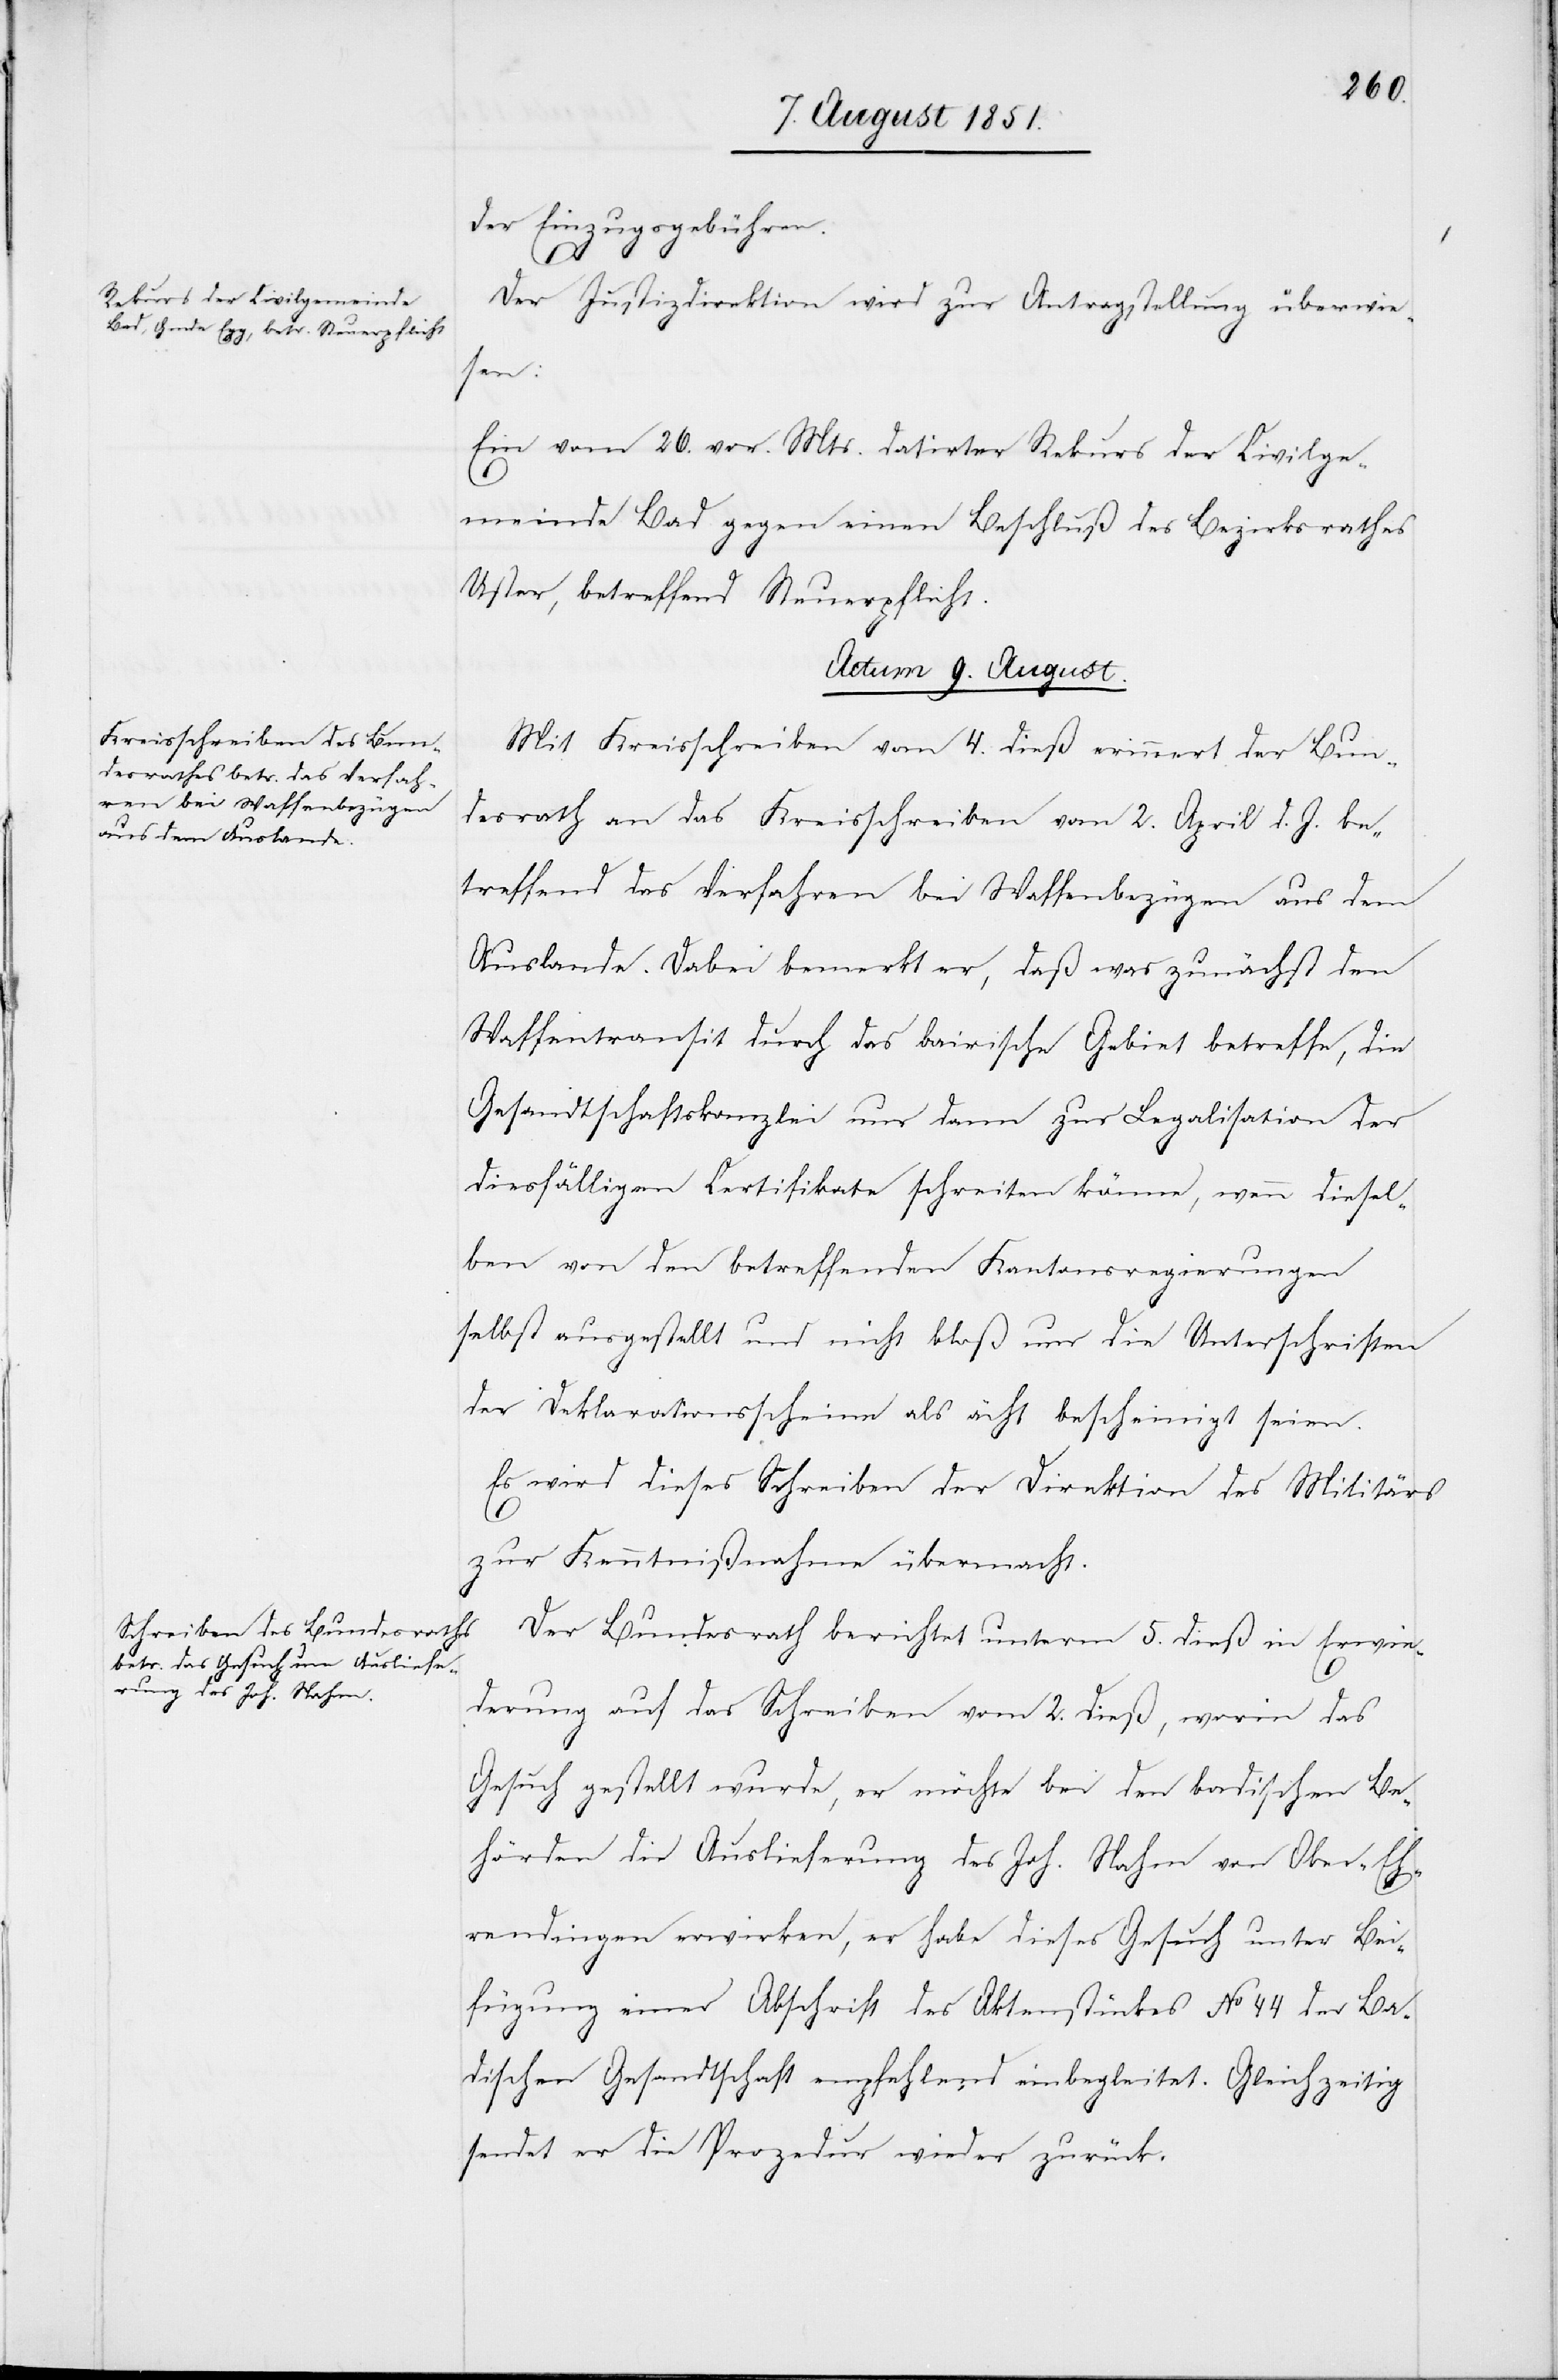
der Einzugsgebühren.
Der Justizdirektion wird zur Antragstellung überwie¬
sen:
Ein vom 26. vor. Mts. datirter Rekurs der Civilge¬
meinde Bad gegen einen Beschluß des Bezirksrathes
Uster, betreffend Steuerpflicht.
Actum 9. August.]
Mit Kreisschreiben vom 4. dieß erinnert der Bun¬
desrath an das Kreisschreiben vom 2. April d. J. be¬
treffend das Verfahren bei Waffenbezügen aus dem
Auslande. Dabei bemerkt er, daß was zunächst den
Waffentransit durch das bairische Gebiet betreffe, die
Gesandtschaftskanzlei nur dann zur Legalisation der
diesfälligen Certifikate schreiten könne, wenn diesel¬
ben von den betreffenden Kantonsregierungen
selbst ausgestellt und nicht bloß nur die Unterschriften
der Deklarationsscheine als ächt bescheinigt seien.
Es wird dieses Schreiben der Direktion des Militärs
zur Kenntnißnahme übermacht.
Der Bundesrath berichtet unterm 5. dieß in Erwie¬
derung auf das Schreiben vom 2. dieß, worin das
Gesuch gestellt wurde, er möchte bei den badischen Be¬
hörden die Auslieferung des Joh. Nahm von Ober-Eh¬
rendingen erwirken, er habe dieses Gesuch unter Bei¬
fügung einer Abschrift des Aktenstückes No 44 der Ba¬
dischen Gesandtschaft empfehlend einbegleitet. Gleichzeitig
sendet er die Prozedur wieder zurück.